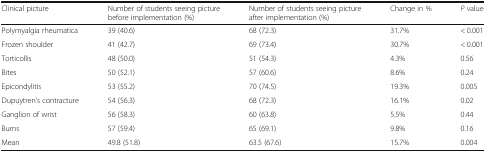
| Clinical picture | Number of students seeing picture before implementation (%) | Number of students seeing picture after implementation (%) | Change in % | P value |
 | --- | --- | --- | --- | --- |
 | Polymyalgia rheumatica | 39 (40.6) | 68 (72.3) | 31.7% | < 0.001 |
 | Frozen shoulder | 41 (42.7) | 69 (73.4) | 30.7% | < 0.001 |
 | Torticollis | 48 (50.0) | 51 (54.3) | 4.3% | 0.56 |
 | Bites | 50 (52.1) | 57 (60.6) | 8.6% | 0.24 |
 | Epicondylitis | 53 (55.2) | 70 (74.5) | 19.3% | 0.005 |
 | Dupuytren’s contracture | 54 (56.3) | 68 (72.3) | 16.1% | 0.02 |
 | Ganglion of wrist | 56 (58.3) | 60 (63.8) | 5.5% | 0.44 |
 | Burns | 57 (59.4) | 65 (69.1) | 9.8% | 0.16 |
 | Mean | 49.8 (51.8) | 63.5 (67.6) | 15.7% | 0.004 |